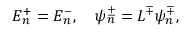
E _ { n } ^ { + } = E _ { n } ^ { - } , \quad \psi _ { n } ^ { \pm } = L ^ { \mp } \psi _ { n } ^ { \mp } ,